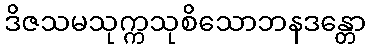
ဒိဇသမသုက္ကသုစိသောဘနဒန္တော